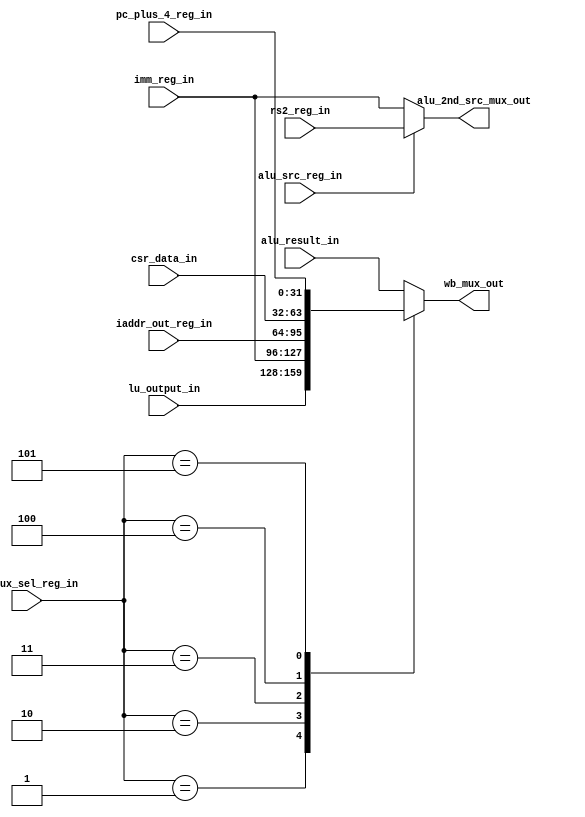
`timescale 1ns / 1ps


module wb_mux_sel_unit(
input alu_src_reg_in,
    input [2:0] wb_mux_sel_reg_in,
    input [31:0] alu_result_in,
    input [31:0] lu_output_in,
    input [31:0] imm_reg_in,
    input [31:0] iaddr_out_reg_in,
    input [31:0] csr_data_in,
    input [31:0] pc_plus_4_reg_in,
    input [31:0] rs2_reg_in,
    output reg [31:0] wb_mux_out,
    output reg [31:0] alu_2nd_src_mux_out  );
    
    parameter WB_ALU = 3'd0, WB_LU = 3'd1, WB_IMM = 3'd2, WB_IADDER_OUT = 3'd3, WB_CSR = 3'd4, WB_PC_PLUS = 3'd5;
    always @(*)
    begin
        case(wb_mux_sel_reg_in)
            WB_ALU : wb_mux_out = alu_result_in;
            WB_LU  : wb_mux_out = lu_output_in;
            WB_IMM : wb_mux_out = imm_reg_in;
            WB_IADDER_OUT : wb_mux_out = iaddr_out_reg_in;
            WB_CSR : wb_mux_out = csr_data_in;
            WB_PC_PLUS : wb_mux_out = pc_plus_4_reg_in;
            default : wb_mux_out = alu_result_in;
        endcase        
        alu_2nd_src_mux_out = alu_src_reg_in ? rs2_reg_in : imm_reg_in;
    end    
endmodule